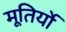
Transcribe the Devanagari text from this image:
मूतिर्यो